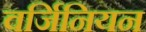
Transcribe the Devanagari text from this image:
वर्जिनियन